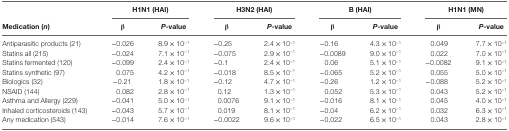
|  | <COLSPAN=2> H1N1 (HAI) | <COLSPAN=2> H3N2 (HAI) | <COLSPAN=2> B (HAI) | <COLSPAN=2> H1N1 (MN) |
 | Medication (n) | β | P-value | β | P-value | β | P-value | β | P-value |
 | --- | --- | --- | --- | --- | --- | --- | --- | --- |
 | Antiparasitic products (21) | −0.026 | 8.9 × 10−1 | −0.25 | 2.4 × 10−1 | −0.16 | 4.3 × 10−1 | 0.049 | 7.7 × 10−1 |
 | Statins all (215) | −0.024 | 7.1 × 10−1 | −0.075 | 2.9 × 10−1 | −0.0089 | 9.0 × 10−1 | 0.022 | 7.0 × 10−1 |
 | Statins fermented (120) | −0.099 | 2.4 × 10−1 | −0.1 | 2.4 × 10−1 | 0.06 | 5.1 × 10−1 | −0.0082 | 9.1 × 10−1 |
 | Statins synthetic (97) | 0.075 | 4.2 × 10−1 | −0.018 | 8.5 × 10−1 | −0.065 | 5.2 × 10−1 | 0.055 | 5.0 × 10−1 |
 | Biologics (32) | −0.21 | 1.8 × 10−1 | −0.12 | 4.7 × 10−1 | −0.26 | 1.2 × 10−1 | −0.088 | 5.2 × 10−1 |
 | NSAID (144) | 0.082 | 2.8 × 10−1 | 0.12 | 1.3 × 10−1 | 0.052 | 5.3 × 10−1 | 0.043 | 5.2 × 10−1 |
 | Asthma and Allergy (229) | −0.041 | 5.0 × 10−1 | 0.0076 | 9.1 × 10−1 | −0.016 | 8.1 × 10−1 | 0.045 | 4.0 × 10−1 |
 | Inhaled corticosteroids (143) | −0.043 | 5.7 × 10−1 | 0.019 | 8.1 × 10−1 | −0.04 | 6.2 × 10−1 | 0.032 | 6.3 × 10−1 |
 | Any medication (543) | −0.014 | 7.6 × 10−1 | −0.0022 | 9.6 × 10−1 | −0.022 | 6.5 × 10−1 | 0.043 | 2.8 × 10−1 |